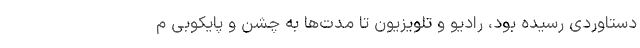
دستاوردی رسیده بود، رادیو و تلویزیون تا مدت‌ها به چشن و پایکوبی م